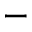
-